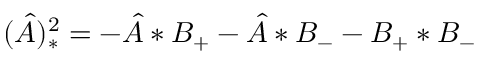
( \hat { A } ) _ { * } ^ { 2 } = - \hat { A } * B _ { + } - \hat { A } * B _ { - } - B _ { + } * B _ { - }